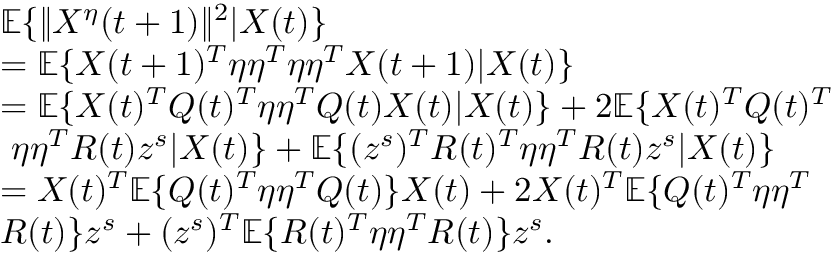
\begin{array} { r l } & { \mathbb { E } \{ \| X ^ { \eta } ( t + 1 ) \| ^ { 2 } | X ( t ) \} } \\ & { = \mathbb { E } \{ X ( t + 1 ) ^ { T } \eta \eta ^ { T } \eta \eta ^ { T } X ( t + 1 ) | X ( t ) \} } \\ & { = \mathbb { E } \{ X ( t ) ^ { T } Q ( t ) ^ { T } \eta \eta ^ { T } Q ( t ) X ( t ) | X ( t ) \} + 2 \mathbb { E } \{ X ( t ) ^ { T } Q ( t ) ^ { T } } \\ & { ~ \eta \eta ^ { T } R ( t ) z ^ { s } | X ( t ) \} + \mathbb { E } \{ ( z ^ { s } ) ^ { T } R ( t ) ^ { T } \eta \eta ^ { T } R ( t ) z ^ { s } | X ( t ) \} } \\ & { = X ( t ) ^ { T } \mathbb { E } \{ Q ( t ) ^ { T } \eta \eta ^ { T } Q ( t ) \} X ( t ) + 2 X ( t ) ^ { T } \mathbb { E } \{ Q ( t ) ^ { T } \eta \eta ^ { T } } \\ & { R ( t ) \} z ^ { s } + ( z ^ { s } ) ^ { T } \mathbb { E } \{ R ( t ) ^ { T } \eta \eta ^ { T } R ( t ) \} z ^ { s } . } \end{array}